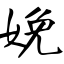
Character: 娩